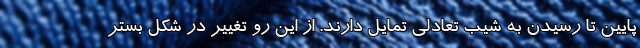
پایین تا رسیدن به شیب تعادلی تمایل دارند. از این رو تغییر در شکل بستر